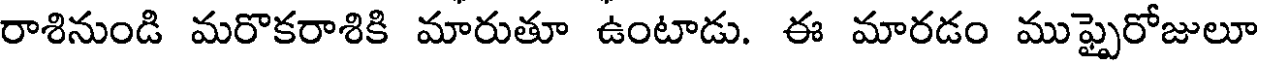
రాశినుండి మరొకరాశికి మారుతూ ఉంటాడు. ఈ మారడం ముఫ్పైరోజులూ